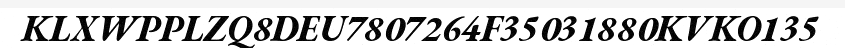
KLXWPPLZQ8DEU7807264F35031880KVKO135